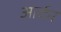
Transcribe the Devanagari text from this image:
आर्कर